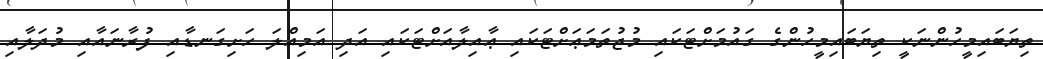
ތިޔަބައިމީހުންނަކީ ތިޔަބައިމީހުންގެ ގައުމަށްޓަކައި މުޖުތަމަޢަށްޓަކައި ޢާއިލާއަށްޓަކައި އަދި އަމިއްލަ ހަށިގަނޑާއި ފުރާނައާއި މުދަލާއި